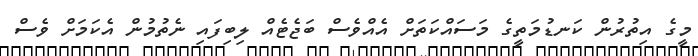
މީގެ އިތުރުން ކަނޑުމަތީގެ މަސައްކަތަށް އެއްވެސް ބަޖެޓެއް ލިބިފައި ނެތުމުން އެކަމަށް ވެސް